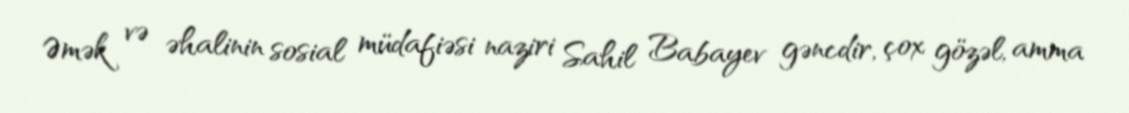
Əmək və əhalinin sosial müdafiəsi naziri Sahil Babayev gəncdir, çox gözəl, amma